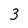
Character: 3